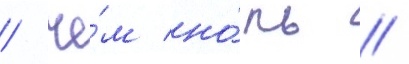
/ че́м но́ль //